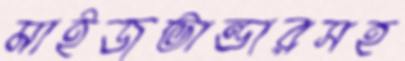
মাইজভান্ডারসহ